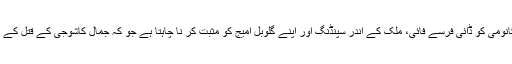
دراصل بات یہ ہے کہ سعودی عرب اپنی اکانومی کو ڈائی فرسے فائی، ملک کے اندر سپنڈنگ اور اپنے گلوبل امیج کو مثبت کر نا چاہتا ہے جو کہ جمال کاشوجی کے قتل کے بعد بری طرح منفی رنگ میں متاثر ہوا ہے۔